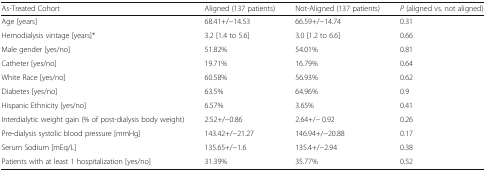
<table><thead><tr><td><b>As-Treated Cohort</b></td><td><b>Aligned (137 patients)</b></td><td><b>Not-Aligned (137 patients)</b></td><td><b><i>P</i> (aligned vs. not aligned)</b></td></tr></thead><tbody><tr><td>Age [years]</td><td>68.41+/−14.53</td><td>66.59+/−14.74</td><td>0.31</td></tr><tr><td>Hemodialysis vintage [years]*</td><td>3.2 [1.4 to 5.6]</td><td>3.0 [1.2 to 6.6]</td><td>0.66</td></tr><tr><td>Male gender [yes/no]</td><td>51.82%</td><td>54.01%</td><td>0.81</td></tr><tr><td>Catheter [yes/no]</td><td>19.71%</td><td>16.79%</td><td>0.64</td></tr><tr><td>White Race [yes/no]</td><td>60.58%</td><td>56.93%</td><td>0.62</td></tr><tr><td>Diabetes [yes/no]</td><td>63.5%</td><td>64.96%</td><td>0.9</td></tr><tr><td>Hispanic Ethnicity [yes/no]</td><td>6.57%</td><td>3.65%</td><td>0.41</td></tr><tr><td>Interdialytic weight gain (% of post-dialysis body weight)</td><td>2.52+/−0.86</td><td>2.64+/− 0.92</td><td>0.26</td></tr><tr><td>Pre-dialysis systolic blood pressure [mmHg]</td><td>143.42+/−21.27</td><td>146.94+/−20.88</td><td>0.17</td></tr><tr><td>Serum Sodium [mEq/L]</td><td>135.65+/−1.6</td><td>135.4+/−2.94</td><td>0.38</td></tr><tr><td>Patients with at least 1 hospitalization [yes/no]</td><td>31.39%</td><td>35.77%</td><td>0.52</td></tr></tbody></table>